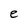
Character: e